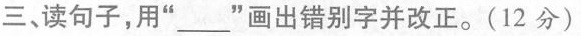
三、读句子，用”___”画出错别字并改正。(12分)